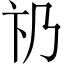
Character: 𠂫